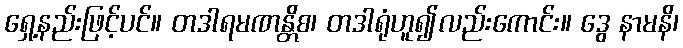
ရှေ့နည်းဖြင့်ပင်။ တဒါရမဏန္တိစ၊ တဒါရုံဟူ၍လည်းကောင်း။ ဒွေ နာမနိ၊